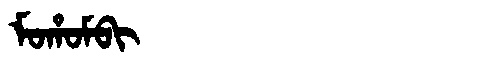
Manchu: ᠮᠣᡥᠣᠮᠪᡳ
Romanization: MOHOMBI